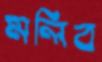
মলিব